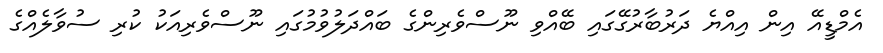
އެމްޑީއޭ އިން އިއްޔެ ދަރުބާރުގޭގައި ބޭއްވި ނޫސްވެރިންގެ ބައްދަލުވުމުގައި ނޫސްވެރިއަކު ކުރި ސުވާލެއްގެ